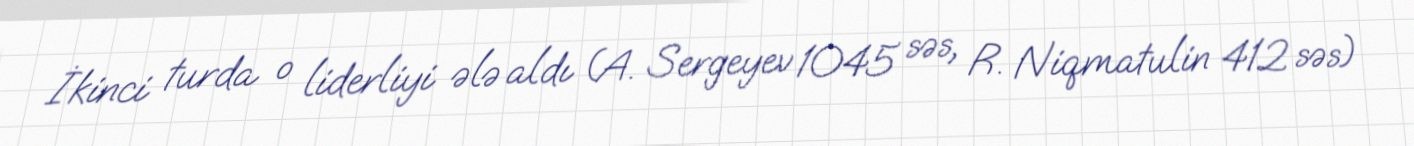
İkinci turda o liderliyi ələ aldı (A. Sergeyev 1045 səs, R. Niqmatulin 412 səs)